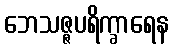
ဘေသဇ္ဇပရိက္ခာရေန